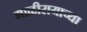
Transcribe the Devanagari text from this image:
माळीरायाच्या